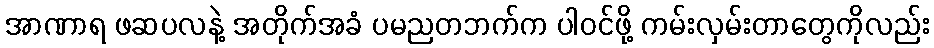
အာဏာရ ဖဆပလနဲ့ အတိုက်အခံ ပမညတဘက်က ပါဝင်ဖို့ ကမ်းလှမ်းတာတွေကိုလည်း